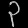
Digit: ၃